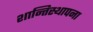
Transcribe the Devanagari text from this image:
शान्तिस्थापना